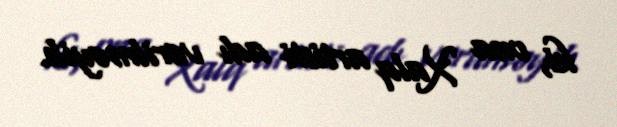
ki, ona Xalq artisti adı verilməyib.